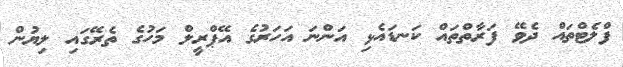
ފްލެޓްތައް ދެވޭ ފަރާތްތައް ކަނޑައެޅި އަންނަ އަހަރުގެ އޭޕްރީލް މަހުގެ ތެރޭގައި ލިޔުން